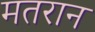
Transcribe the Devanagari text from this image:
मतरान